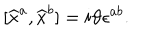
LaTeX: \lbrack \widehat { x } ^ { a } , \widehat { x } ^ { b } ] = i \vartheta \epsilon ^ { a b } .